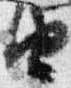
由